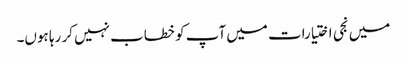
میں نجی اختیارات میں آپ کو خطاب نہیں کر رہا ہوں۔